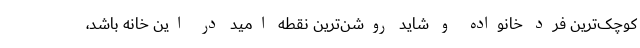
کوچک‌ترین فرد خانواده و شاید روشن‌ترین نقطه‌ امید در این خانه باشد،